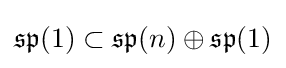
{\mathfrak {sp}}(1)\subset {\mathfrak {sp}}(n)\oplus {\mathfrak {sp}}(1)